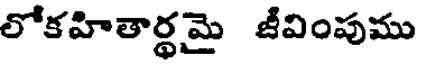
లోకహితార్థమై జీవింపుము